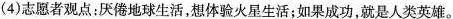
(4)志愿者观点：厌倦地球生活，想体验火星生活；如果成功，就是人类英雄。